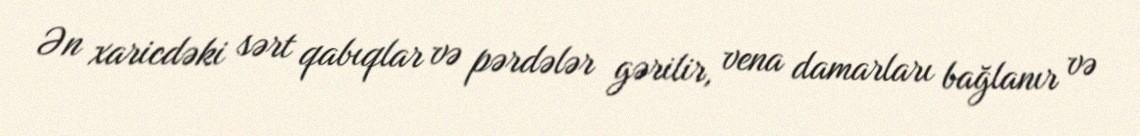
Ən xaricdəki sərt qabıqlar və pərdələr gərilir, vena damarları bağlanır və